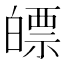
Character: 𤾛